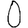
Digit: 0